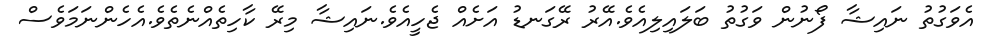
އެވަގުތު ނައިޝާ ފޯނުން ވަގުތު ބަލައިލިއެވެ.އޭރު ރޭގަނޑު އަށެެއް ޖެހީއެވެ.ނައިޝާ މިރޭ ކާހިތެއްނެތެވެ.އެހެންނަމަވެސް